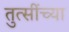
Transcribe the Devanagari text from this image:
तुत्‍सींच्‍या